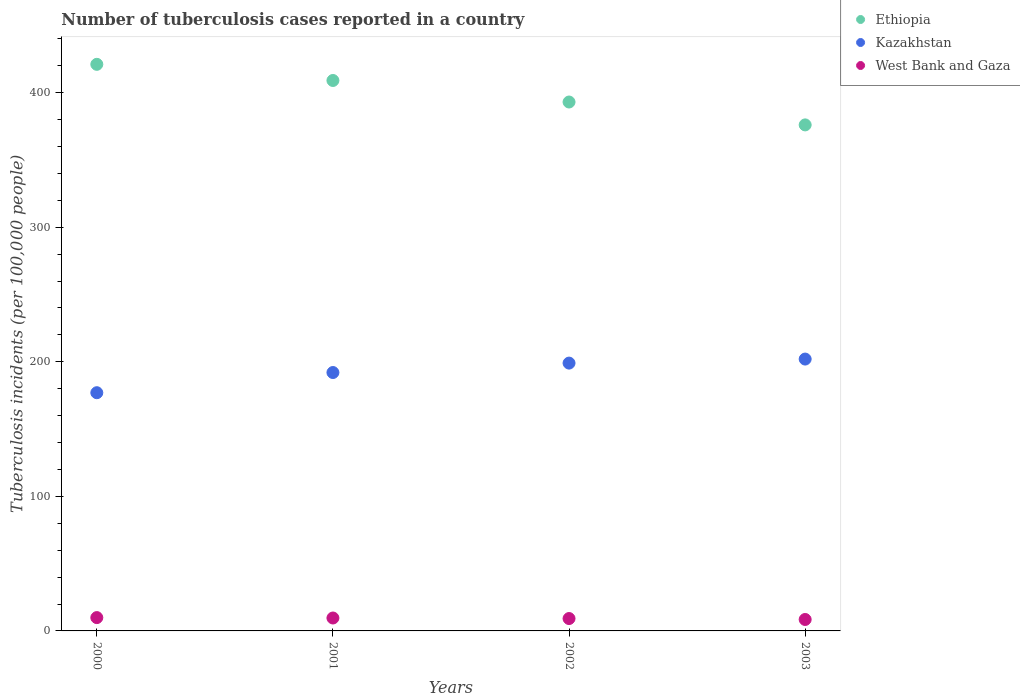
| Years | Ethiopia | Kazakhstan | West Bank and Gaza |
 | --- | --- | --- | --- |
 | 2000 | 421 | 177 | 9.9 |
 | 2001 | 409 | 192 | 9.6 |
 | 2002 | 393 | 199 | 9.2 |
 | 2003 | 376 | 202 | 8.5 |